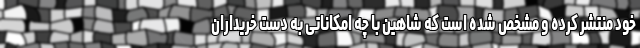
خود منتشر کرده و مشخص شده است که شاهین با چه امکاناتی به دست خریداران